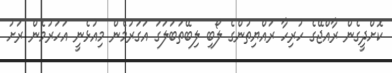
ކޮށްދީގެން ރާއްޖޭގެ ހުރިހާ ރައްޔިތުންގެ ލޯބި ލިބޭތަބަލަގަ އަގަރުމެން މިއުޅެނީ އަހަރުމެން ރަށު